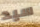
سيد